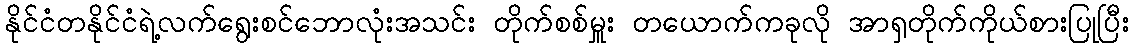
နိုင်ငံတနိုင်ငံရဲ့လက်ရွေးစင်ဘောလုံးအသင်း တိုက်စစ်မှူး တယောက်ကခုလို အာရှတိုက်ကိုယ်စားပြုပြီး